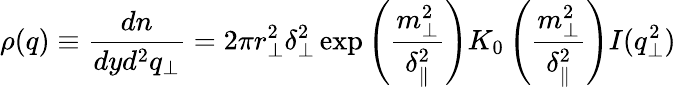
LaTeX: \rho(q)\equiv\frac{dn}{dyd^{2}q_{\perp}}=2\pi r_{\perp}^{2}\delta_{\perp}^{2}\exp\left(\frac{m_{\perp}^{2}}{\delta_{\parallel}^{2}}\right)K_{0}\left(\frac{m_{\perp}^{2}}{\delta_{\parallel}^{2}}\right)I(q_{\perp}^{2})